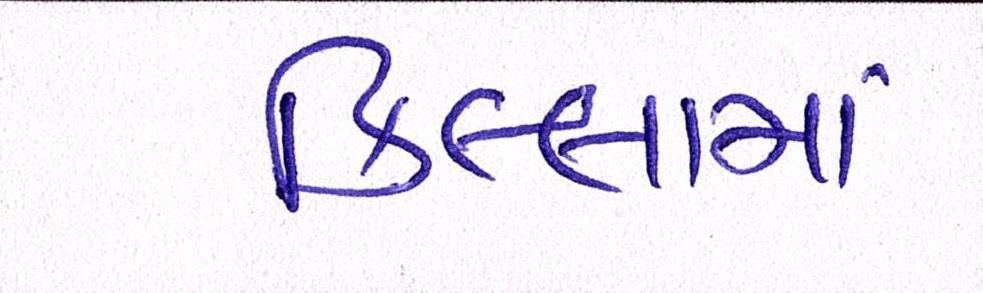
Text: કિલ્લામાં